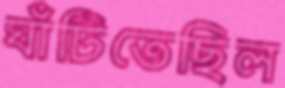
ঘাঁটিতেছিল